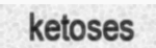
ketoses